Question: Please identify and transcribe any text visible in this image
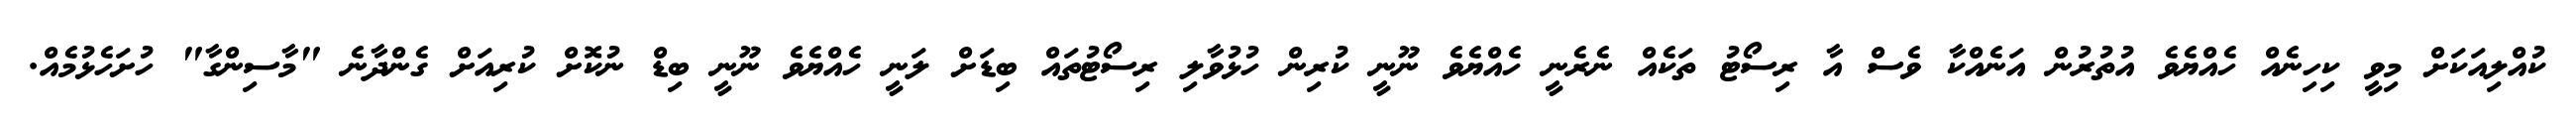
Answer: ކުއްލިއަކަށް މިވީ ކިހިނެއް ހެއްޔެވެ އުތުރުން އަނެއްކާ ވެސް އާ ރިސޯޓު ތަކެއް ނެރެނީ ހެއްޔެވެ ނޫނީ ކުރިން ހުޅުވާލި ރިސޯޓުތައް ބިޑަށް ލަނީ ހެއްޔެވެ ނޫނީ ބިޑް ނުކޮށް ކުރިއަށް ގެންދާނެ "މާސިންގާ" ހުށަހެޅުމެއް.